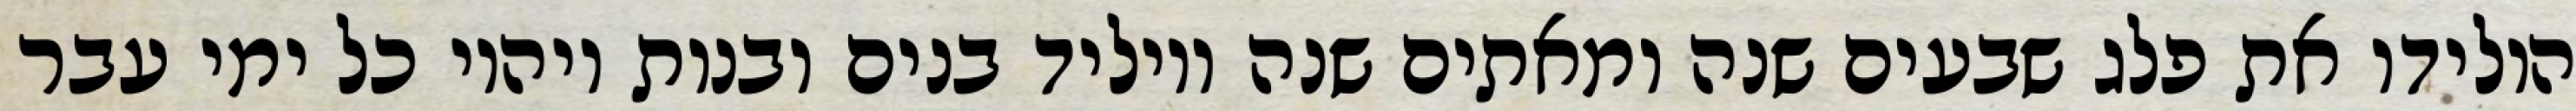
הולידו את פלג שבעים שנה ומאתים שנה ויוליד בנים ובנות ויהיו כל ימי עבר